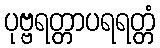
ပုဗ္ဗရတ္တာပရရတ္တံ